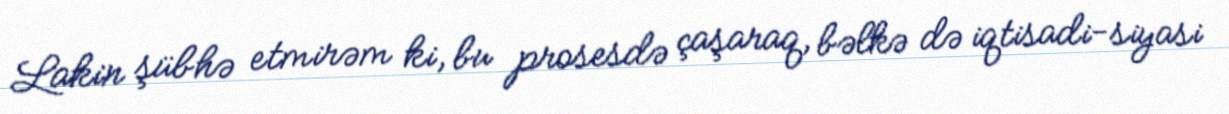
Lakin şübhə etmirəm ki, bu prosesdə çaşaraq, bəlkə də iqtisadi-siyasi